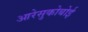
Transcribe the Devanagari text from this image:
आरेसुकोबोई